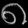
Digit: ၈